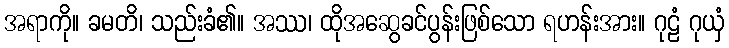
အရာကို။ ခမတိ၊ သည်းခံ၏။ အဿ၊ ထိုအဆွေခင်ပွန်းဖြစ်သော ရဟန်းအား။ ဂုဠံ ဂုယှံ